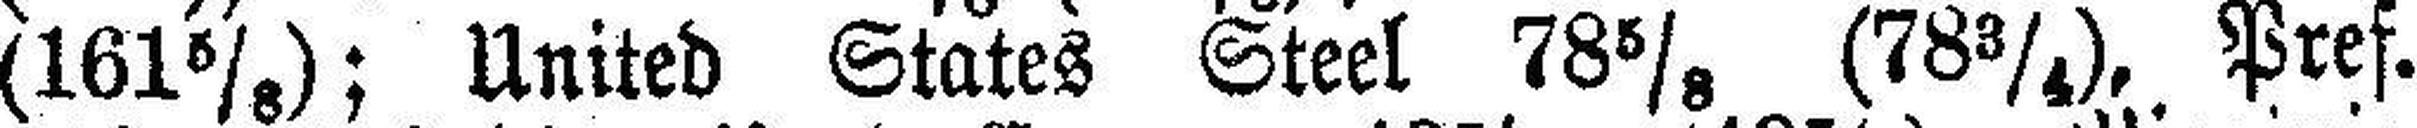
(161⅝); United States Steel 78⅝ (78¾), Pref.